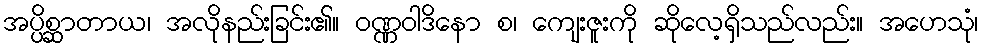
အပ္ပိစ္ဆာတာယ၊ အလိုနည်းခြင်း၏။ ဝဏ္ဏဝါဒိနော စ၊ ကျေးဇူးကို ဆိုလေ့ရှိသည်လည်း။ အဟေသုံ၊